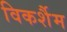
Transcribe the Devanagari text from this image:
विकर्शैम